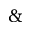
\&